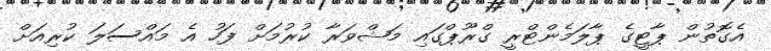
އެގޮތުން ޕާޓީގެ ޕާލަމެންޓްރީ ގްރޫޕްގައި މަޝްވަރާ ކުރުމަށް ފަހު އެ މައްސަލަ ކުރިއަށް